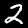
Digit: 2